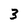
Character: 3